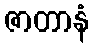
ဇာတာနံ